Report on sanitation, dispensaries, and jails in Rajputana for 1916, and on vaccination for the year 1916-1917 - 1916-1917
Year: 1916
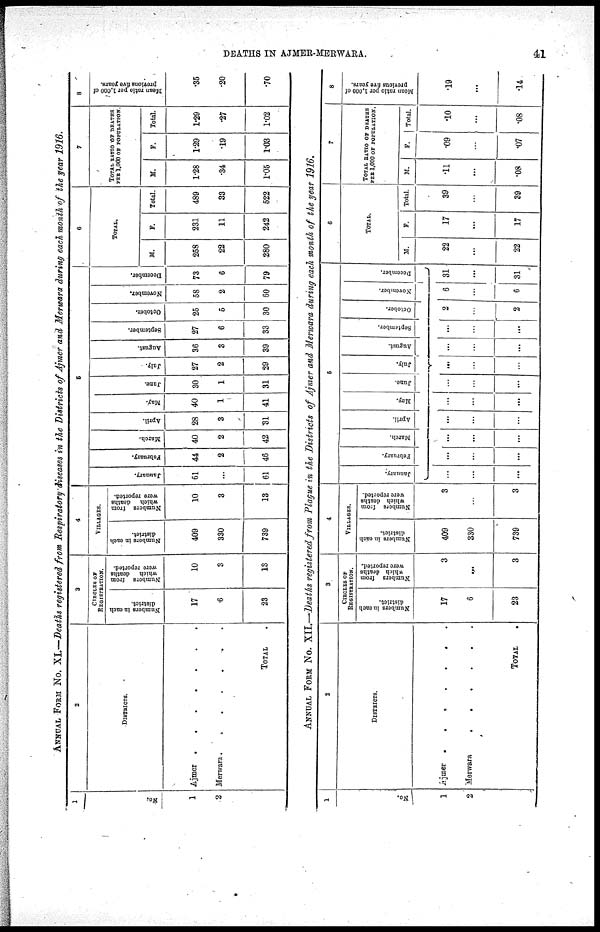
DEATHS IN AJMER-MERWARA.
41
ANNUAL FORM NO. XI.—Deaths registered from Respiratory diseases in the Districts of Ajmer and Merwara during each month of the year 1916.
1
No.
1
2
2
DISTRICTS.
Ajmer . . . . . . . .
Merwara.
.
.
.
.
.
.
TOTAL
3
CIRCLES OF
REGISTRATION.
Numbers in each
district.
17
6
23
Numbers from
which
deaths
were reported.
10
3
13
4
VILLAGES.
Numbers in each
district.
409
330
739
Numbers from
which
deaths
were reported.
10
3
13
5
January.
61
...
61
February.
44
2
46
March.
40
2
42
April.
28
3
3l
May.
40
1
41
June.
30
1
31
July.
27
2
29
August.
36
3
39
September.
27
6
33
October.
25
5
30
November.
68
2
60
December.
73
6
79
6
TOTAL.
M.
258
22
280
F.
231
11
242
Total.
489
33
522
7
TOTAL RATIO OR DEATHS
PER 1,000 OF POPULATION.
M.
1.28
.34
1.05
F.
1.29
.19
1.03
Total.
1.29
.27
1.02
8
Mean ratio per 1,000 of
previous five years.
.35
.20
.70
ANNUAL FORM NO. XII.—Deaths registered from Plague in the Districts of Ajmer and Merwara during each month of the year 1916.
1
No.
1
2
2
DISTRICTS.
Ajmer
......
Merwara
TOTAL .
3
CIRCLES OF
REGISTRATION.
Numbers in each
district.
17
6
23
Numbers from
which deaths
were reported.
3
...
3
4
VILLAGES.
Numbers in each
district.
409
330
739
Numbers from
which deaths
were reported.
3
...
3
5
January.
...
...
...
February.
...
...
...
March.
...
...
...
April.
...
...
...
May.
...
...
...
June.
...
...
...
July.
...
...
...
August.
...
...
...
September.
...
...
...
October.
2
...
2
November.
6
...
6
December.
31
...
31
6
TOTAL.
M.
22
...
22
F.
17
...
17
Total.
39
...
39
7
TOTAL RATIO OF DEATHS
PER 1,000 OF POPULATION.
M.
.11
...
.08
F.
.09
...
.07
Total.
.10
...
.08
8
Mean ratio per 1,000 of
previous five years.
.19
...
.14